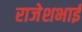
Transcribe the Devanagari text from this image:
राजेशभाई